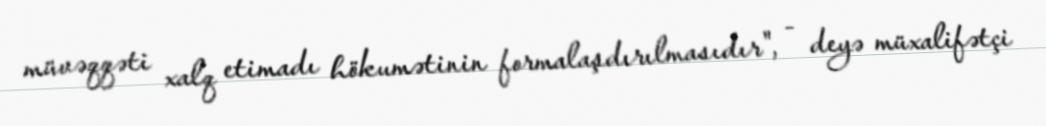
müvəqqəti xalq etimadı hökumətinin formalaşdırılmasıdır", - deyə müxalifətçi